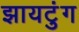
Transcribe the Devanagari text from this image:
झायटुंग